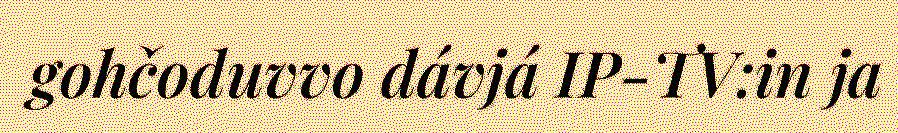
gohčoduvvo dávjá IP-TV:in ja